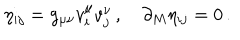
LaTeX: \eta _ { i j } = g _ { \mu \nu } v _ { i } ^ { \mu } v _ { j } ^ { \nu } \, , \quad \partial _ { M } \eta _ { i j } = 0 \, .